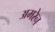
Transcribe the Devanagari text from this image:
अमरेन